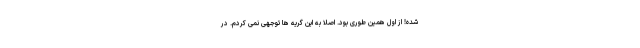
شده! از اول همین طوری بود. اصلا به این گریه ها توجهی نمی کردم. در